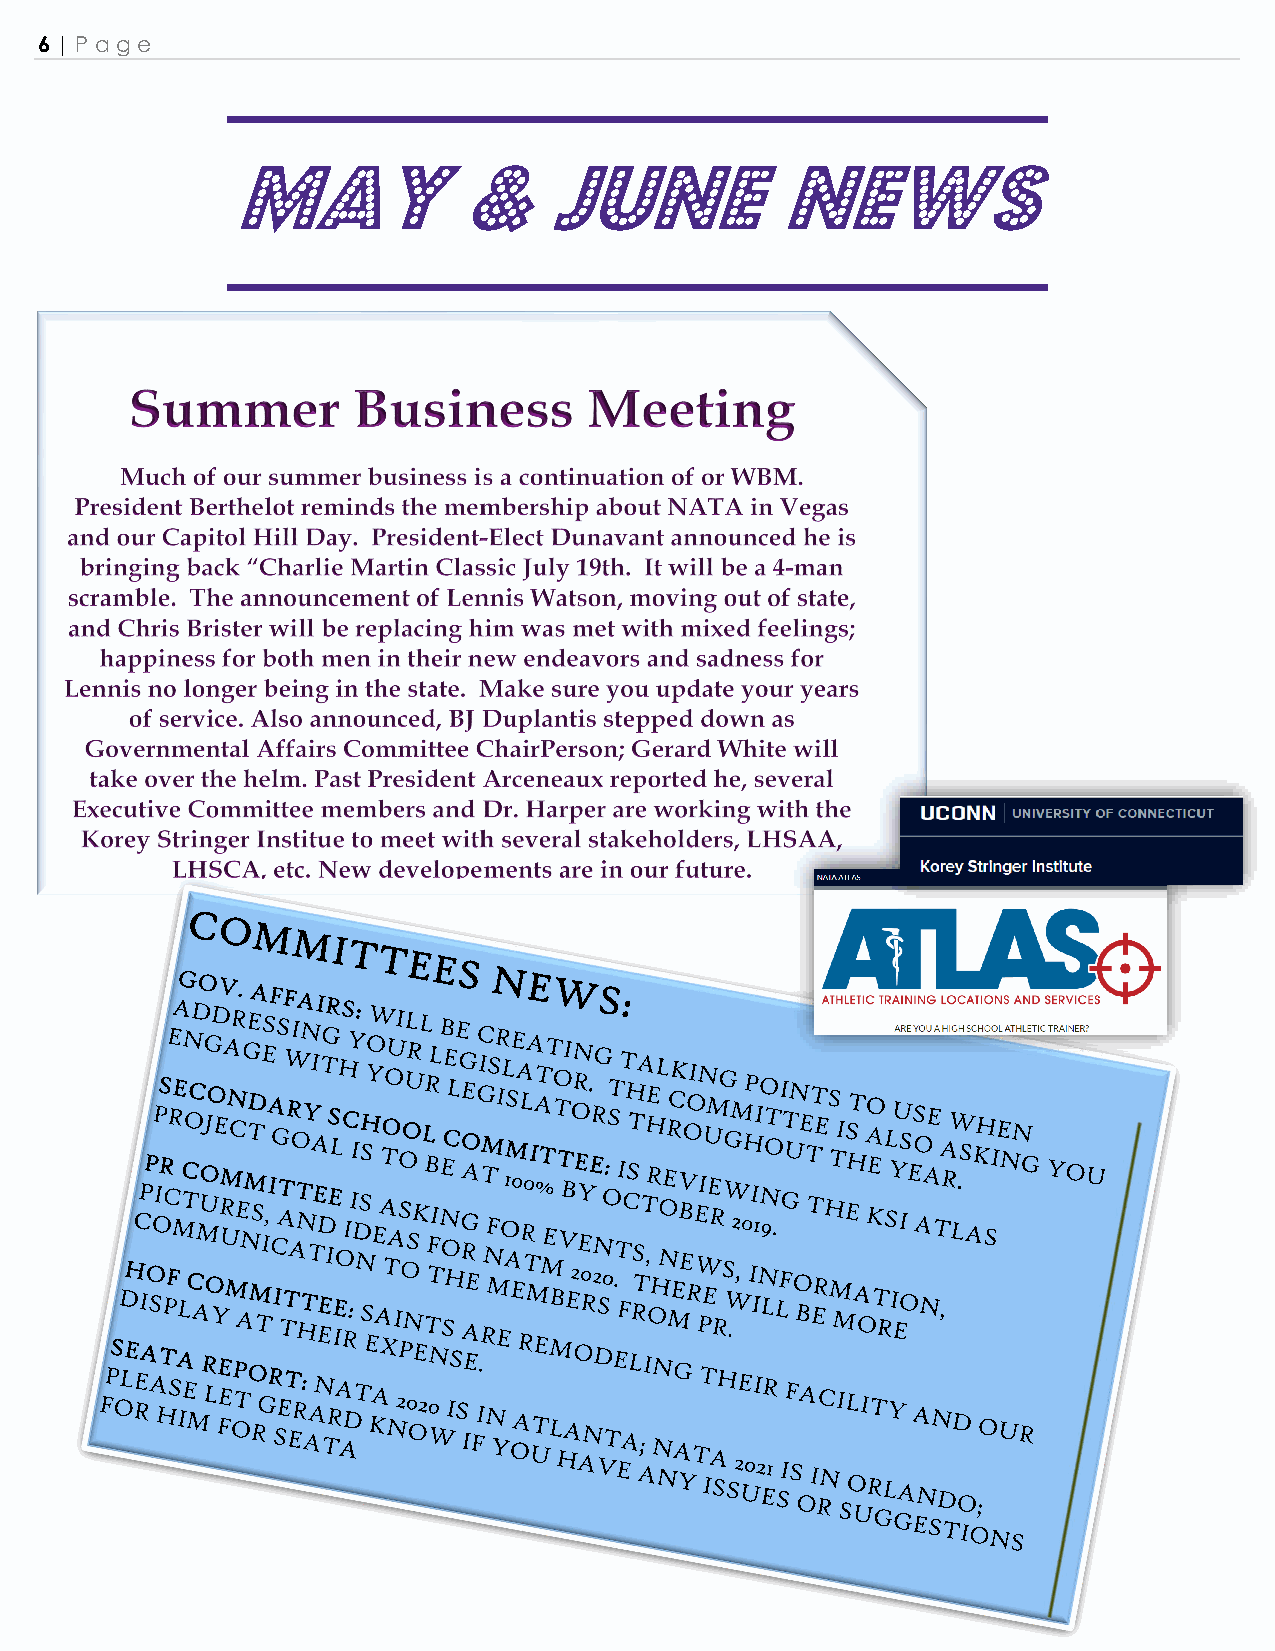
6 | Page
 MAY            &     JUNE           NEWS